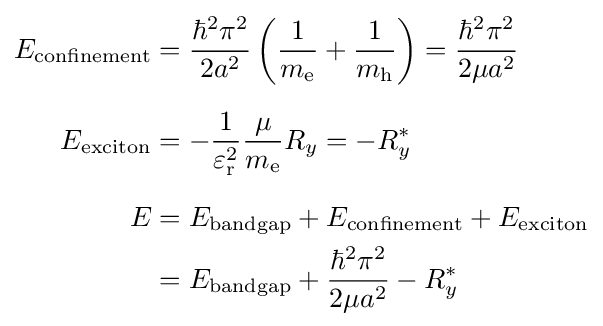
{\begin{aligned}E_{\textrm {confinement}}&={\frac {\hbar ^{2}\pi ^{2}}{2a^{2}}}\left({\frac {1}{m_{\rm {e}}}}+{\frac {1}{m_{\rm {h}}}}\right)={\frac {\hbar ^{2}\pi ^{2}}{2\mu a^{2}}}\\[6px]E_{\textrm {exciton}}&=-{\frac {1}{\varepsilon _{\rm {r}}^{2}}}{\frac {\mu }{m_{\rm {e}}}}R_{y}=-R_{y}^{*}\\[6px]E&=E_{\textrm {bandgap}}+E_{\textrm {confinement}}+E_{\textrm {exciton}}\\&=E_{\textrm {bandgap}}+{\frac {\hbar ^{2}\pi ^{2}}{2\mu a^{2}}}-R_{y}^{*}\end{aligned}}